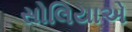
સોલિયાએ